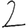
Digit: 2